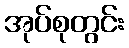
အုပ်စုတွင်း